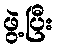
ဖွဲ့ပြီး